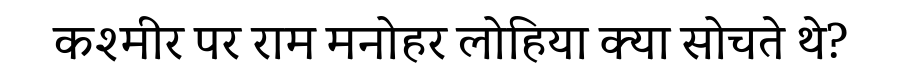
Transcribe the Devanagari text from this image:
कश्मीर पर राम मनोहर लोहिया क्या सोचते थे?